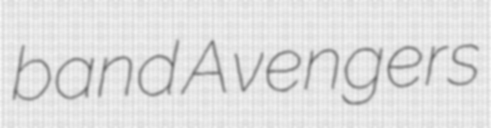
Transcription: band Avengers